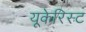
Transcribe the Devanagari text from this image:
यूकेरिस्ट